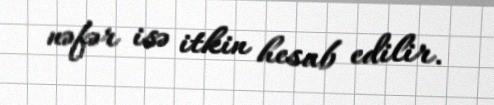
nəfər isə itkin hesab edilir.